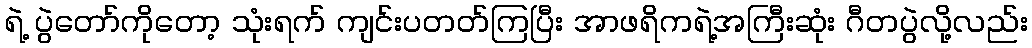
ရဲ့ ပွဲတော်ကိုတော့ သုံးရက် ကျင်းပတတ်ကြပြီး အာဖရိကရဲ့အကြီးဆုံး ဂီတပွဲလို့လည်း